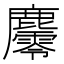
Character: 𪋪